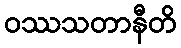
ဝဿသတာနီတိ